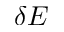
\delta E